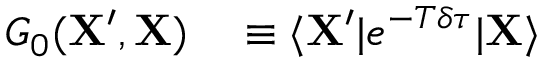
\begin{array} { r l } { G _ { 0 } ( \mathbf { X } ^ { \prime } , \mathbf { X } ) } & { { } \equiv \langle \mathbf { X } ^ { \prime } | e ^ { - T \delta \tau } | \mathbf { X } \rangle } \end{array}